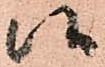
候